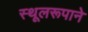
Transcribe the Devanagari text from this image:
स्थूलरूपाने